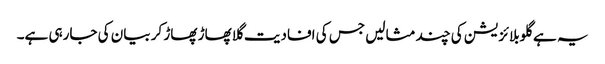
یہ ہے گلوبلائزیشن کی چند مثالیں جس کی افادیت گلا پھاڑ پھاڑ کر بیان کی جارہی ہے۔